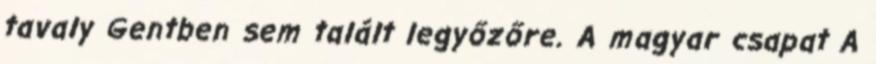
tavaly Gentben sem talált legyőzőre. A magyar csapat A